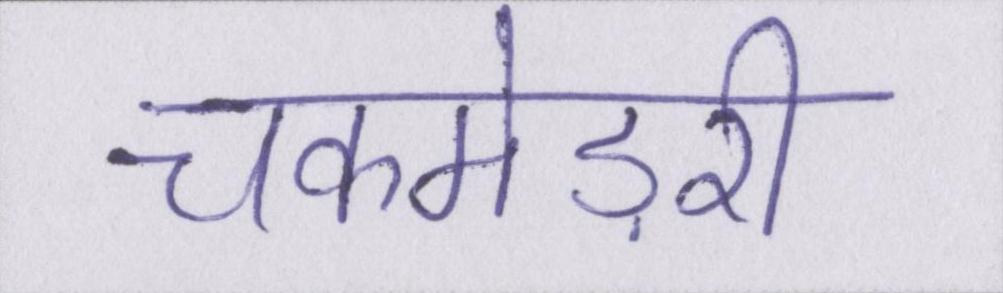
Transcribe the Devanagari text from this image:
चकमेड़री